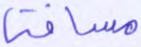
مسافة